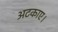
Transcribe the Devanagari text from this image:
अटकाए।